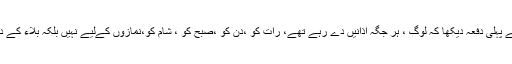
اس وقت خاکسار نے پہلی دفعہ دیکھا کہ لوگ ، ہر جگہ اذانیں دے رہے تھے، رات کو ،دن کو ،صبح کو ، شام کو،نمازوں کےلیے نہیں بلکہ بلاء کے دور ہونے کے لئے۔